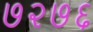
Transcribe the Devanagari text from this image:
७२७६